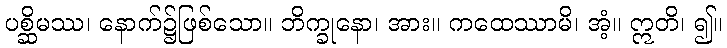
ပစ္ဆိမဿ၊ နောက်၌ဖြစ်သော။ ဘိက္ခုနော၊ အား။ ကထေဿာမိ၊ အံ့။ ဣတိ၊ ၍။